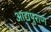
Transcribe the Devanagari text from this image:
आद्यपुराण